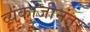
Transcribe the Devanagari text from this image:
व्यंकोजीनंतर